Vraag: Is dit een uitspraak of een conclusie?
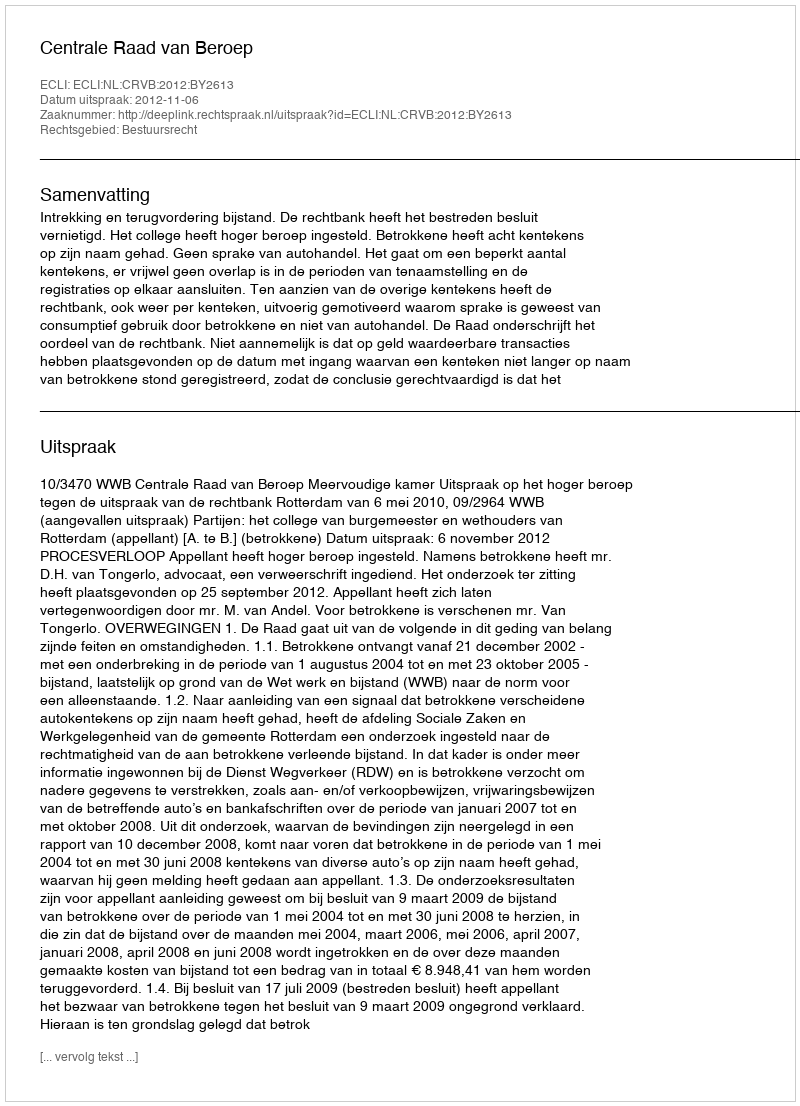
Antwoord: Uitspraak